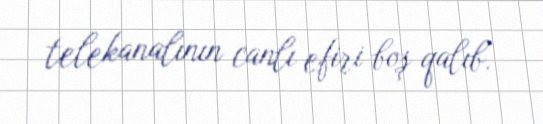
telekanalının canlı efiri boş qalıb.